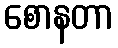
စောနတာ